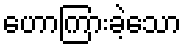
ဟောကြားခဲ့သော